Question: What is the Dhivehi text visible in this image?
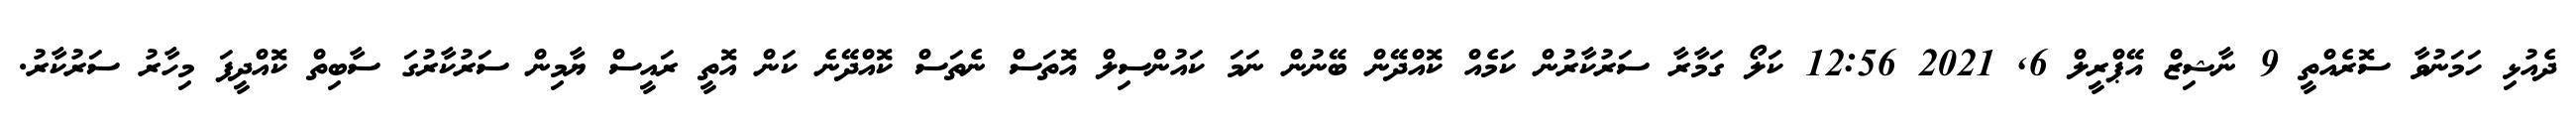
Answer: ދެއުޅި ހަމަނުވާ ސޮރެއްތީ 9 ނާޝިޒް އޭޕްރީލް 6, 2021 12:56 ކަލޯ ގަމާރާ ސަރުކާރުން ކަމެއް ކޮއްދޭން ބޭނުން ނަމަ ކައުންސިލް އޮތަސް ނެތަސް ކޮއްދޭނެ ކަން އޮތީ ރައީސް ޔާމިން ސަރުކާރުގަ ސާބިތް ކޮއްދީފަ މިހާރު ސަރުކާރު.